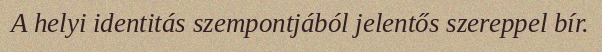
A helyi identitás szempontjából jelentős szereppel bír.